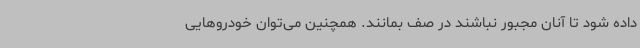
داده شود تا آنان مجبور نباشند در صف بمانند. همچنین می‌توان خودروهایی